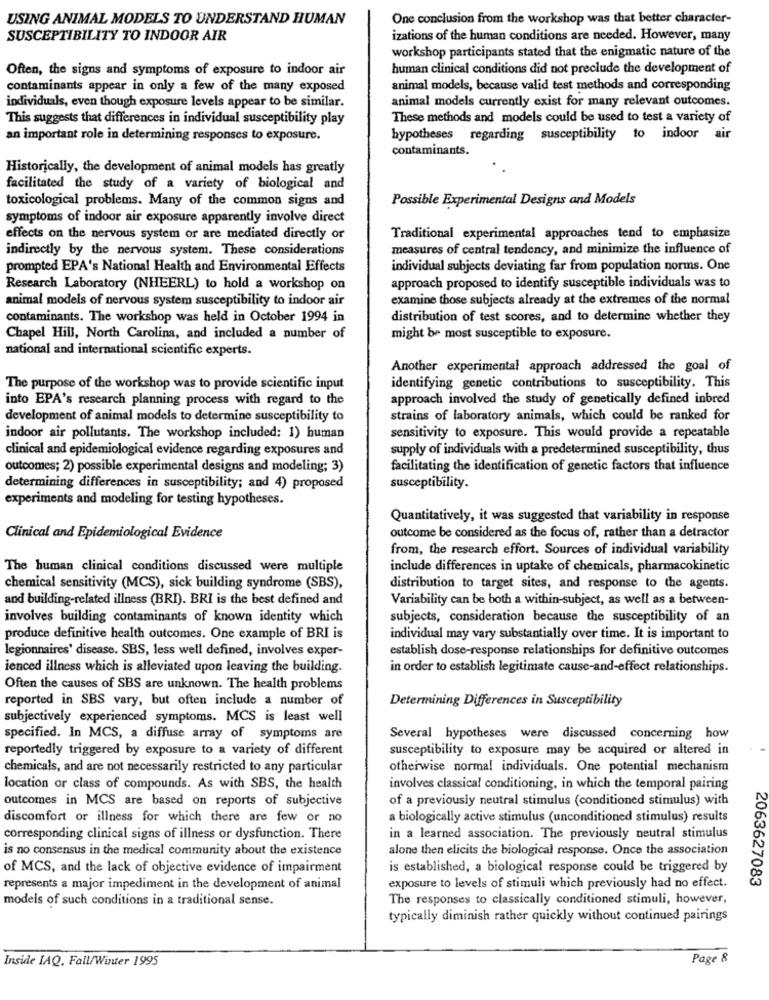
USING ANIMAL MODELS TO UNDERSTAND HUMAN
One conclusion from the workshop was that better character-
SUSCEPTIBILITY TO INDOOR AIR
izations of the human conditions are needed. However, many
workshop participants stated that the enigmatic nature of the
Often, the signs and symptoms of exposure to indoor air
human clinical conditions did not preclude the development of
contaminants appear in only a few of the many exposed
animal models, because valid test methods and corresponding
individuals, even though exposure levels appear to be similar.
animal models currently exist for many relevant outcomes.
This suggests that differences in individual susceptibility play
These methods and models could be used to test a variety of
an important role in determining responses to exposure.
hypotheses regarding susceptibility to indoor air
contaminants.
Historically, the development of animal models has greatly
facilitated the study of a variety of biological and
toxicological problems. Many of the common signs and
Possible Experimental Designs and Models
symptoms of indoor air exposure apparently involve direct
effects on the nervous system or are mediated directly or
Traditional experimental approaches tend to emphasize
indirectly by the nervous system. These considerations
measures of central tendency, and minimize the influence of
prompted EPA's National Health and Environmental Effects
individual subjects deviating far from population norms. One
Research Laboratory (NHEERL) to hold a workshop on
approach proposed to identify susceptible individuals was to
animal models of nervous system susceptibility to indoor air
examine those subjects already at the extremes of the normal
contaminants. The workshop was held in October 1994 in
distribution of test scores, and to determine whether they
Chapel Hill, North Carolina, and included a number of
might be most susceptible to exposure.
national and international scientific experts.
Another experimental approach addressed the goal of
The purpose of the workshop was to provide scientific input
identifying genetic contributions to susceptibility. This
into EPA's research planning process with regard to the
approach involved the study of genetically defined inbred
development of animal models to determine susceptibility to
strains of laboratory animals, which could be ranked for
indoor air pollutants. The workshop included: 1) human
sensitivity to exposure. This would provide a repeatable
clinical and epidemiological evidence regarding exposures and
supply of individuals with a predetermined susceptibility, thus
outcomes; 2) possible experimental designs and modeling; 3)
facilitating the identification of genetic factors that influence
determining differences in susceptibility; and 4) proposed
susceptibility.
experiments and modeling for testing hypotheses.
Quantitatively, it was suggested that variability in response
outcome be considered as the focus of, rather than a detractor
Clinical and Epidemiological Evidence
from, the research effort. Sources of individual variability
The human clinical conditions discussed were multiple
include differences in uptake of chemicals, pharmacokinetic
chemical sensitivity (MCS), sick building syndrome (SBS),
distribution to target sites, and response to the agents.
and building-related illness (BRI). BRI is the best defined and
Variability can be both a within-subject, as well as a between-
involves building contaminants of known identity which
subjects, consideration because the susceptibility of an
produce definitive health outcomes. One example of BRI is
individual may vary substantially over time. It is important to
legionnaires' disease. SBS, less well defined, involves exper-
establish dose-response relationships for definitive outcomes
ienced illness which is alleviated upon leaving the building.
in order to establish legitimate cause-and-effect relationships.
Often the causes of SBS are unknown. The health problems
reported in SBS vary, but often include a number of
Determining Differences in Susceptibility
subjectively experienced symptoms. MCS is least well
specified. In MCS, a diffuse array of symptoms are
Several hypotheses were discussed concerning how
reportedly triggered by exposure to a variety of different
susceptibility to exposure may be acquired or altered in
chemicals, and are not necessarily restricted to any particular
otherwise normal individuals. One potential mechanism
location or class of compounds. As with SBS, the health
involves classical conditioning, in which the temporal pairing
outcomes in MCS are based on reports of subjective
of a previously neutral stimulus (conditioned stimulus) with
discomfort or illness for which there are few or no
a biologically active stimulus (unconditioned stimulus) results
corresponding clinical signs of illness or dysfunction. There
in a learned association. The previously neutral stimulus
is no consensus in the medical community about the existence
alone then elicits the biological response. Once the association
of MCS, and the lack of objective evidence of impairment
is established, a biological response could be triggered by
2063627083
represents a major impediment in the development of animal
exposure to levels of stimuli which previously had no effect.
models of such conditions in a traditional sense.
The responses to classically conditioned stimuli, however,
typically diminish rather quickly without continued pairings
Inside LAQ, Fall/Winter 1995
Page &